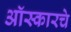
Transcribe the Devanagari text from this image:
ऑस्कारचे